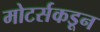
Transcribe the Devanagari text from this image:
मोटर्सकडून